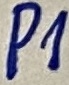
Text: P1